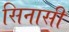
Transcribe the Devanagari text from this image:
सिनासी